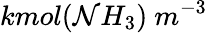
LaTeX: kmol(\mathcal{N}H_{3})\ m^{-3}